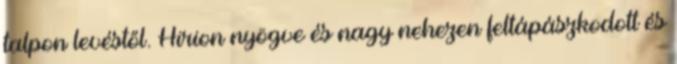
talpon levéstől. Hirion nyögve és nagy nehezen feltápászkodott és